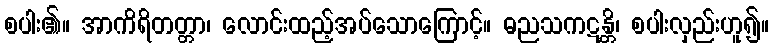
စပါး၏။ အာကိရိတတ္တာ၊ လောင်းထည့်အပ်သောကြောင့်။ ဓညသကဋန္တိ၊ စပါးလှည်းဟူ၍။